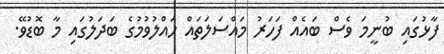
ފާޅުގައި ބުނީމަ ވެސް ބައެއް ފަހަރު މައްސަލަތައް ހައްލުވުމުގެ ބަދަލުގައި މާ ބޮޑުވޭ.